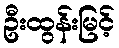
ဦးထွန်းမြင့်